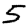
Digit: 5